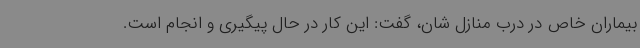
بیماران خاص در درب منازل شان، گفت: این کار در حال پیگیری و انجام است.